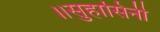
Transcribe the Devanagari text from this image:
॥सुहासिनी